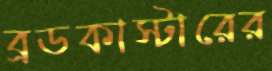
ব্রডকাস্টারের